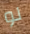
لو